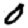
Digit: 0